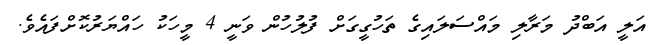
އަލީ އަބްދު މަރާލި މައްސަލައިގެ ތަހުގީގަށް ފުލުހުން ވަނީ 4 މީހަކު ހައްޔަރުކޮށްފައެވެ.